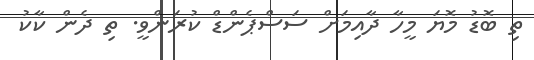
ތި ބޮޑު މޮޔަ މީހާ ދާއިމަށް ސަސްޕެންޑް ކުރަންވީ. ތި ދެން ކާކު